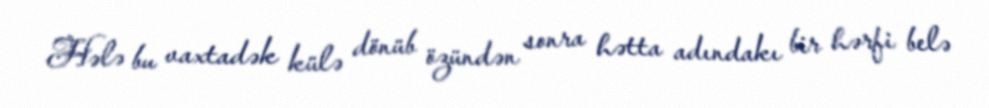
Hələ bu vaxtadək külə dönüb özündən sonra hətta adındakı bir hərfi belə